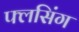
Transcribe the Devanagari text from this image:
फ्लसिंग